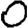
Digit: 0